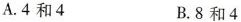
A.4和4 B.8和4